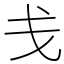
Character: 戋